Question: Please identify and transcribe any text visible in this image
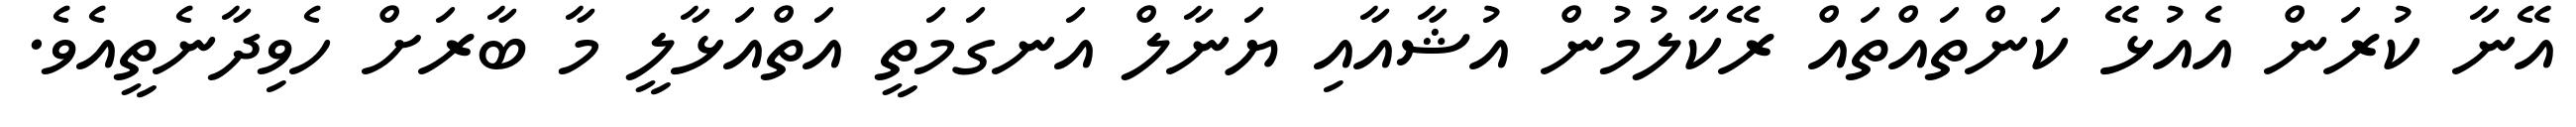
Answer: އޭނާ ކުރަން އެއުޅޭ ކަންތައްތައް ރޭކާލުމުން އުޝާއާއި ޔަނާލް އަނގަމަތީ އަތްއަޅާލީ މާ ބާރަށް ހެވިދާނެތީއެވެ.